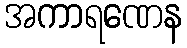
အကာရဏေန